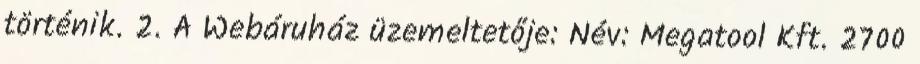
történik. 2. A Webáruház üzemeltetője: Név: Megatool Kft. 2700